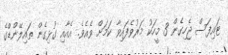
ޓައިފަސް ޖެހިގެން 3 މީހަކު މަރުވެފައިވާ ކަމަށް ވެއެވެ. އެއާއި ގުޅިގެން ތައިލޭންޑްގެ